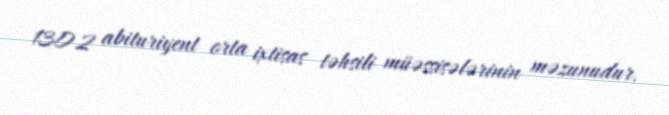
1302 abituriyent orta ixtisas təhsili müəssisələrinin məzunudur.